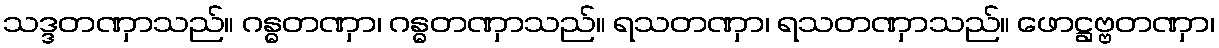
သဒ္ဒတဏှာသည်။ ဂန္ဓတဏှာ၊ ဂန္ဓတဏှာသည်။ ရသတဏှာ၊ ရသတဏှာသည်။ ဖောဋ္ဌဗ္ဗတဏှာ၊